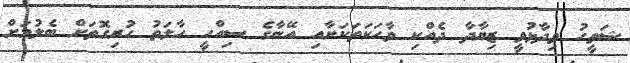
ޝަތީހު ވިދާޅުވީ ޒިޔާދާ ދެއްކި ވާހަކަތަކަށާއި އޭނާގެ ސިއްހީ ހާލަތު ހުރިގޮތަށް ބެލުމަށް